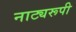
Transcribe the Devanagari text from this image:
नाट्यरूपी